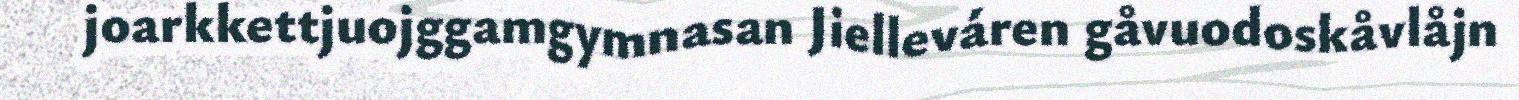
joarkkettjuojggamgymnasan Jielleváren gåvuodoskåvlåjn